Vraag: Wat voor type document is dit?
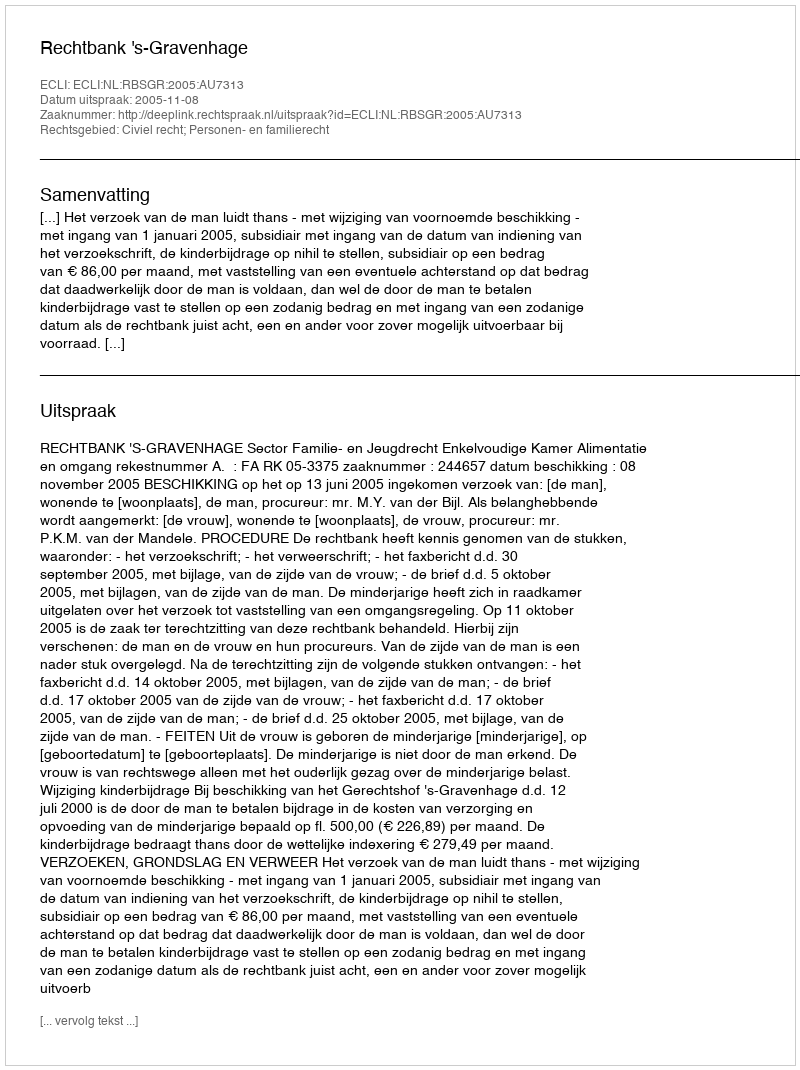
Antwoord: Uitspraak